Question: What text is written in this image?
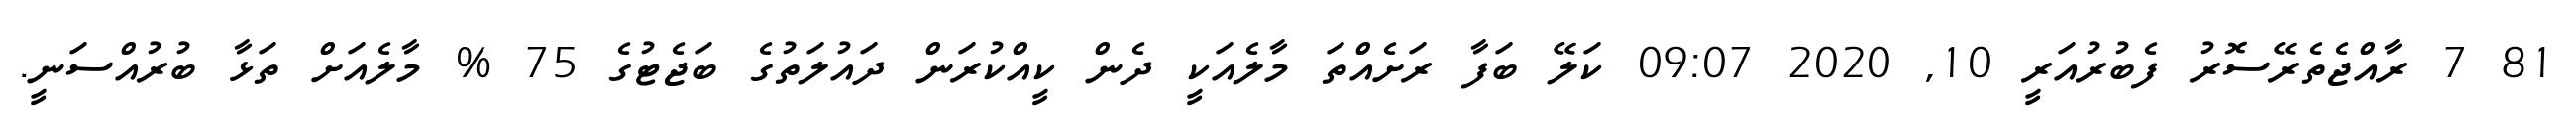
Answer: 81 7 ރާއްޖެތެރޭސޮރު ފެބުރުއަރީ 10, 2020 09:07 ކަލޭ ބަފާ ރަށެއްތަ މާލެއަކީ ދެން ކީއްކުރަން ދައުލަތުގެ ބަޖެޓުގެ 75 % މާލެއަށް ތަޅާ ބުރުއްސަނީ.